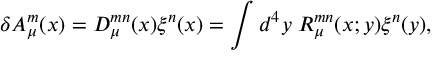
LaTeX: \delta A _ { \mu } ^ { m } ( x ) = { \cal D } _ { \mu } ^ { m n } ( x ) \xi ^ { n } ( x ) = \int d ^ { 4 } y \; { \cal R } _ { \mu } ^ { m n } ( x ; y ) \xi ^ { n } ( y ) ,